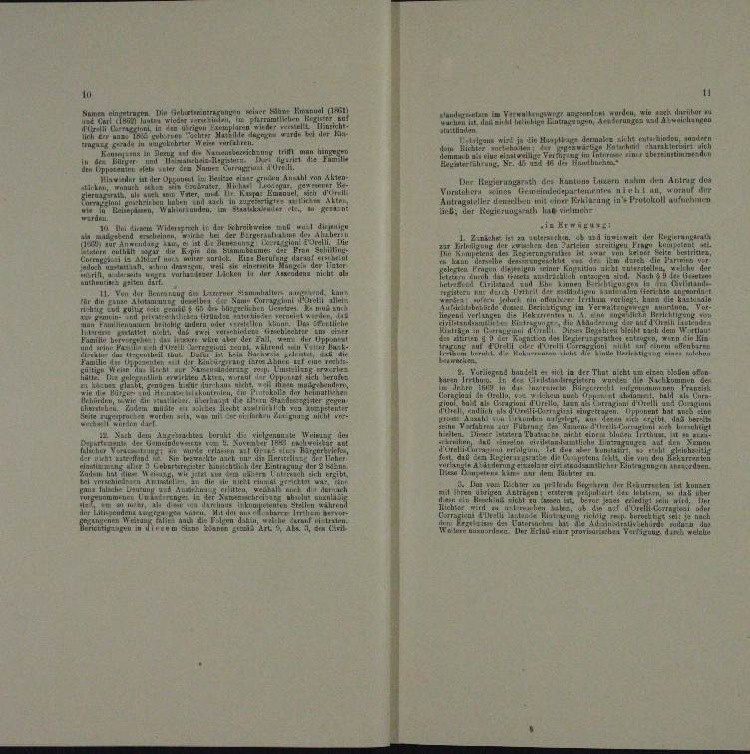
ungen
.

.

n
u
Lander
t
a
u

 in darung des die
u
u
n

g.
 Klus Luzern nahm den Antrag des

e . . . . .
wicher
en
n

n
a                    der ein einer in
.
ie Erneur
e

r

¬

i
.
n
u
.
n
u

¬

¬
.
¬
. Von der I
um Herrer
i

u

n

.

u

t
und
n

u

e

n

.

n

u

.

a
u
  .
et
u
e
u
u
u

n

.

u
u

ern der G

a

n
.
u
u
n

a la
u
n

u
.

u
dur eine

uungen in eine